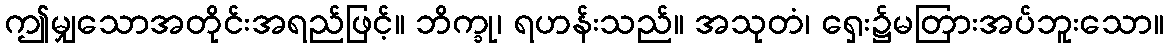
ဤမျှသောအတိုင်းအရည်ဖြင့်။ ဘိက္ခု၊ ရဟန်းသည်။ အသုတံ၊ ရှေး၌မတြားအပ်ဘူးသော။